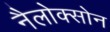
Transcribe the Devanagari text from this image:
नैलोक्सोन